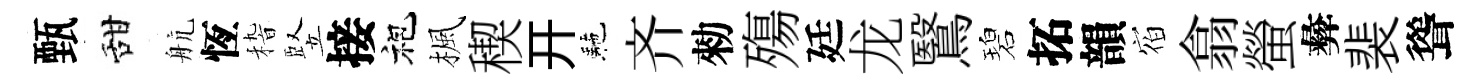
甄甜航恆𥟵竪接袍楓稧开駰齐勑殤廷龙鷖碧拓韻𪧐翕螢彜裴聳